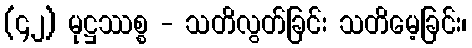
(၄၂) မုဋ္ဌဿစ္စ - သတိလွတ်ခြင်း သတိမေ့ခြင်း၊